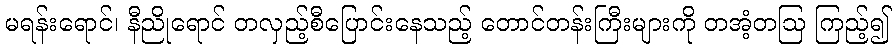
မရန်းရောင်၊ နီညိုရောင် တလှည့်စီပြောင်းနေသည့် တောင်တန်းကြီးများကို တအံ့တဩ ကြည့်၍